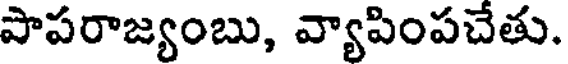
పాపరాజ్యంబు, వ్యాపింపచేతు.